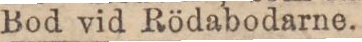
Bod vid Rödabodarne.